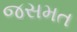
જસમત